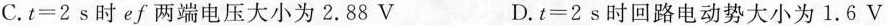
C.$$t=2s$$时ef两端电压大小为2.88V D.$$t=2s$$时回路电动势大小为1.6V